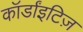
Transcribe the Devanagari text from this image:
कॉर्डांइटिज़